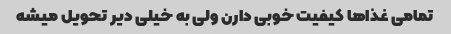
تمامی غذاها کیفیت خوبی دارن ولی به خیلی دیر تحویل میشه